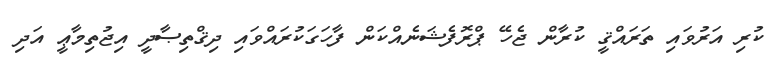
ކުރި އަރުވައި ތަރައްޤީ ކުރާން ޖެހޭ ޕްރޮފެޝަނެއްކަން ފާހަގަކުރައްވައި ދިޤްތިޞާދީ އިޖުތިމާޢީ އަދި